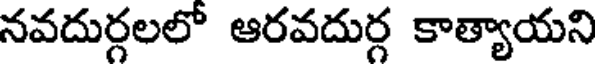
నవదుర్గలలో ఆరవదుర్గ కాత్యాయని